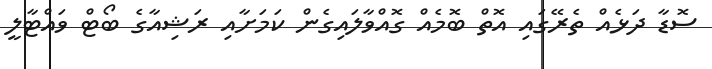
ސޮޑާ ދަޅެއް ތެރޭގައި އޮތް ބޮމެއް ގޮއްވާލައިގެން ކަމަށާއި ރަޝިއާގެ ބޯޓް ވައްޓާލީ